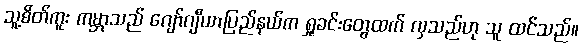
သူ့စိတ်ကူး ကမ္ဘာသည် ဂျော်ဂျီယာပြည်နယ်က ရှုခင်းတွေထက် လှသည်ဟု သူ ထင်သည်။